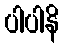
ပါပါနိ